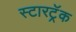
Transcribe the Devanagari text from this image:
स्टारट्रॅक